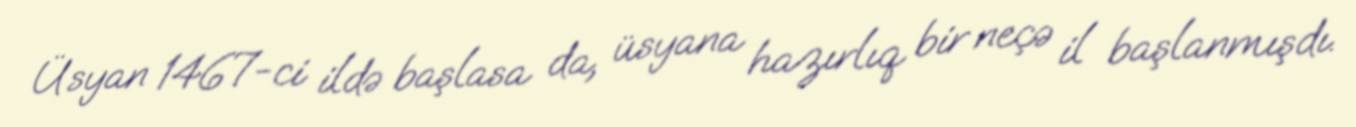
Üsyan 1467-ci ildə başlasa da, üsyana hazırlıq bir neçə il başlanmışdı.